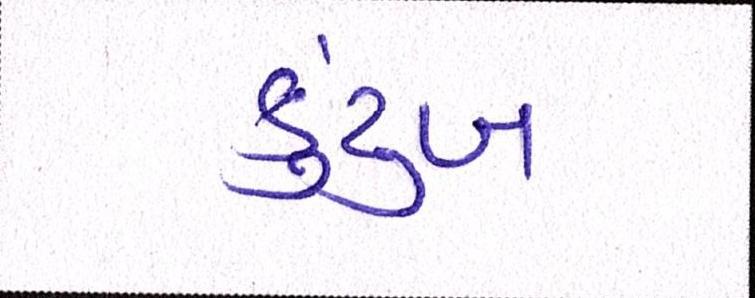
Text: કુટુંબ